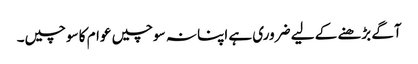
آگے بڑھنے کے لیے ضروری ہے اپنا نہ سوچیں عوام کا سوچیں۔